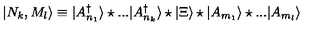
| N _ { k } , M _ { l } \rangle \equiv | A _ { n _ { 1 } } ^ { \dag } \rangle \star . . . | A _ { n _ { k } } ^ { \dag } \rangle \star | \Xi \rangle \star | A _ { m _ { 1 } } \rangle \star . . . | A _ { m _ { l } } \rangle